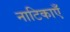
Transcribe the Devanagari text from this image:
नाटिकाएँ